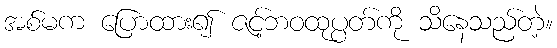
အစ်မက ပြောထား၍ ဇင့်ဘဝထုပ္ပတ်ကို သိနေသည်တဲ့။